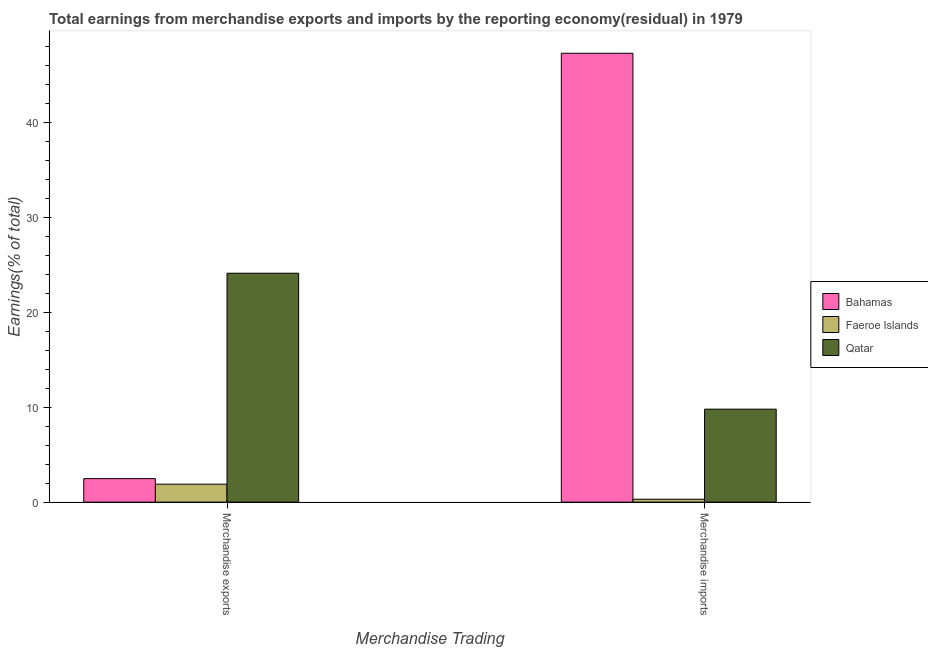
| Merchandise Trading | Bahamas | Faeroe Islands | Qatar |
 | --- | --- | --- | --- |
 | Merchandise exports | 2.48 | 1.89 | 24.1 |
 | Merchandise imports | 47.3 | 0.305 | 9.8 |